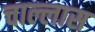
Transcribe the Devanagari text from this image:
चाल्लास